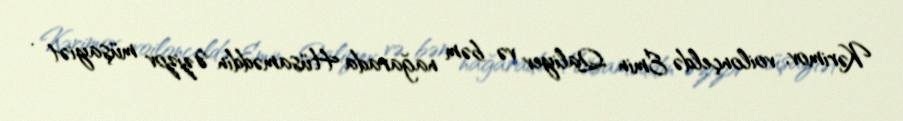
Kərimov, voilonçeldə Emin Qaliyev və bəm nağarada Hüsaməddin Əzizov müşayiət .